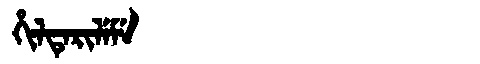
Manchu: ᡥᡳᠯᡨᡝᡵᡳᠯᡝᠮᡝ
Romanization: HILTERILEME